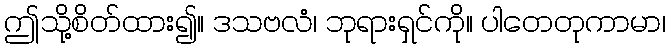
ဤသို့စိတ်ထား၍။ ဒသဗလံ၊ ဘုရားရှင်ကို။ ပါတေတုကာမာ၊